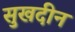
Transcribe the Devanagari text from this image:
सुखदीन